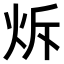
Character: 𤇚